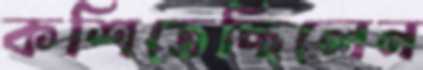
কশিতেছিলেন